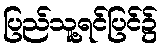
ပြည်သူ့ရင်ပြင်၌